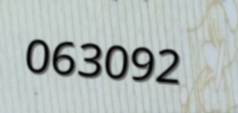
063092